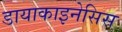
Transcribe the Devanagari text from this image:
डायाकाइनेसिस